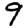
Digit: 9